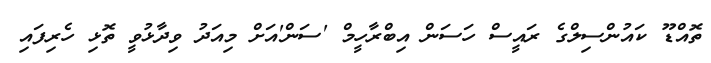
ތޮއްޑޫ ކައުންސިލްގެ ރައީސް ހަސަން އިބްރާހީމް 'ސަން'އަށް މިއަދު ވިދާޅުވީ ތޮޅި ހެރިފައި